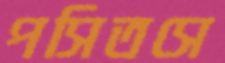
পসিতসে